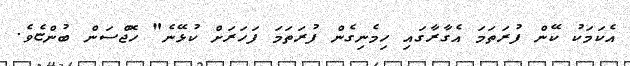
އެކަމަކު ކޭން ފުރަތަމަ އެގާރާގައި ހިމެނިގެން ފުރަތަމަ ފަހަރަށް ކުޅޭނެ" ހޮޖްސަން ބުންޏެވެ.